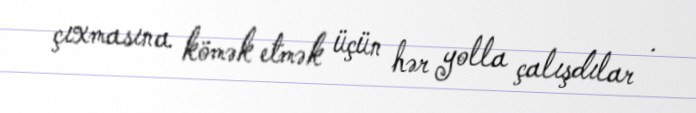
çıxmasına kömək etmək üçün hər yolla çalışdılar .